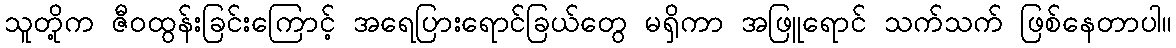
သူတို့က ဇီဝထွန်းခြင်းကြောင့် အရေပြားရောင်ခြယ်တွေ မရှိကာ အဖြူရောင် သက်သက် ဖြစ်နေတာပါ။